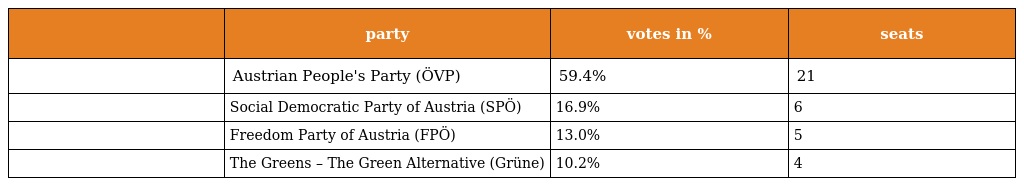
|  | party | votes in % | seats |
 | --- | --- | --- | --- |
 |  | Austrian People's Party (ÖVP) | 59.4% | 21 |
 |  | Social Democratic Party of Austria (SPÖ) | 16.9% | 6 |
 |  | Freedom Party of Austria (FPÖ) | 13.0% | 5 |
 |  | The Greens – The Green Alternative (Grüne) | 10.2% | 4 |